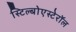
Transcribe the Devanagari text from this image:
स्टिल्बोएस्टेरॉल